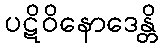
ပဋိဝိနောဒေန္တိ